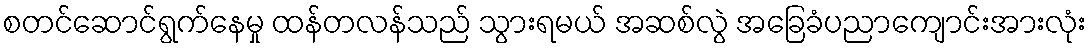
စတင်ဆောင်ရွက်နေမှု ထန်တလန်သည် သွားရမယ် အဆစ်လွဲ အခြေခံပညာကျောင်းအားလုံး